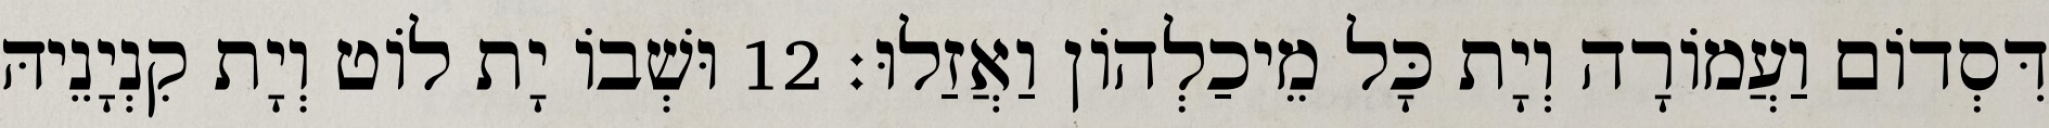
דִּסְדוֹם וַעֲמוֹרָה וְיָת כָּל מֵיכַלְהוֹן וַאֲזַלוּ׃ 12 וּשְׁבוֹ יָת לוֹט וְיָת קִנְיָנֵיהּ